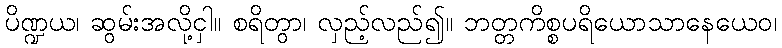
ပိဏ္ဍယ၊ ဆွမ်းအလို့ငှါ။ စရိတွာ၊ လှည့်လည်၍။ ဘတ္တကိစ္စပရိယောသာနေယေဝ၊